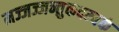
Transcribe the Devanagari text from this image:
मज्जज्जन्तुकदम्बकं